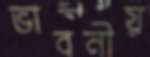
ভাবনীয়